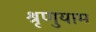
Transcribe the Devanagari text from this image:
श्रृणुयाम